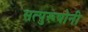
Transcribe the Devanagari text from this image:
सत्पुरूषोनी